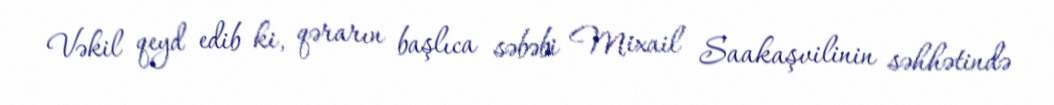
Vəkil qeyd edib ki, qərarın başlıca səbəbi Mixail Saakaşvilinin səhhətində